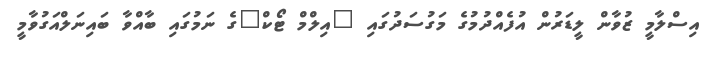
އިސްލާމީ ޒުވާން ލީޑަރުން އުފެއްދުމުގެ މަގުސަދުގައި "އިލްމް ޓޯކް"ގެ ނަމުގައި ބާއްވާ ބައިނަލްއަގުވާމީ